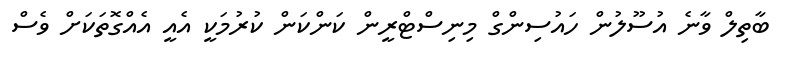
ބާތިލް ވާނެ އުސޫލުން ހައުސިންގް މިނިސްޓްރީން ކަންކަން ކުރުމަކީ އެއީ އެއްގޮތަކަށް ވެސް